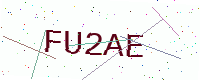
Text: FU2AE